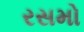
રસમો